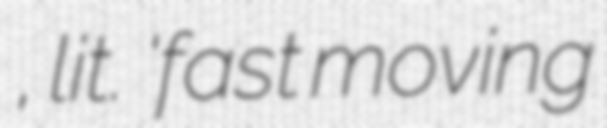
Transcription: लू, lit. 'fast moving